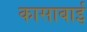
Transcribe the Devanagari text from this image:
कासाबाई